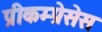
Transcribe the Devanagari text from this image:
प्रीकम्प्रेसेस